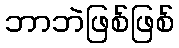
ဘာဘဲဖြစ်ဖြစ်